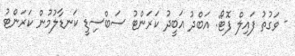
- ވަގުތު ފައިލް ފޮޓޯ: އަބްދު އަބީދު ކަރަންޓު ސަބްސިޑީ ކަނޑާލުމުން ކަރަންޓު